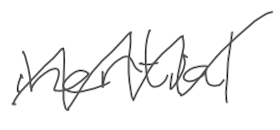
Text: inertial
Cross-out: zig-zag
Writing tool: digital_gray